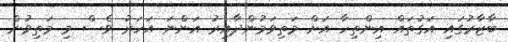
ބާޒާރުގައި އަގުތައް އިންތިހާ އަށް މަތިވަމުންދާއިރު އަންނަ އަހަރު ވެސް މި މަތިވުން